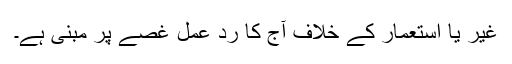
غیر یا استعمار کے خلاف آج کا رد عمل غصے پر مبنی ہے۔